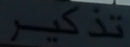
تُدْكِرُ